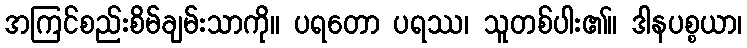
အကြင်စည်းစိမ်ချမ်းသာကို။ ပရတော ပရဿ၊ သူတစ်ပါး၏။ ဒါနပစ္စယာ၊